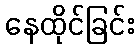
နေထိုင်ခြင်း